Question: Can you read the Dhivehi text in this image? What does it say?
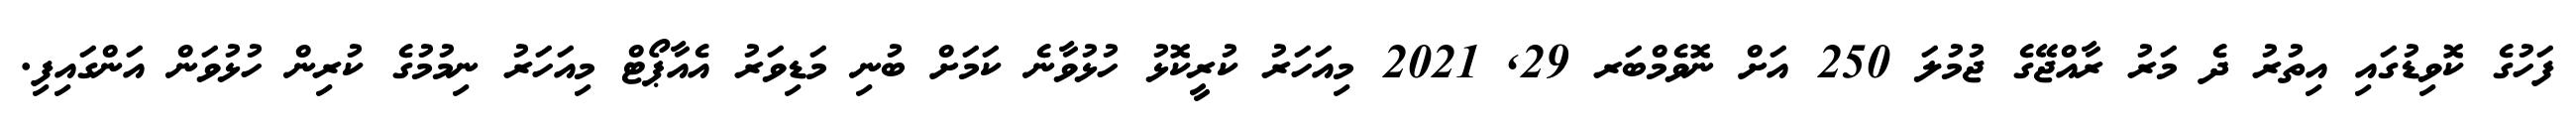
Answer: ފަހުގެ ކޮވިޑުގައި އިތުރު ދެ މަރު ރާއްޖޭގެ ޖުމުލަ 250 އަށް ނޮވެމްބަރ 29, 2021 މިއަހަރު ކުރީކޮޅު ހުޅުވާނެ ކަމަށް ބުނި މަޑިވަރު އެއާޕޯޓް މިއަހަރު ނިމުމުގެ ކުރިން ހުޅުވަން އަންގައިފި.